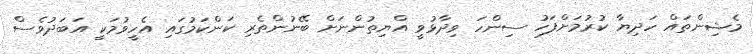
މެޝިންތައް ހަދިޔާ ކުރުމަށްފަހު ސިންހަ ވިދާޅުވީ އްޔިތުންނަށް ބޭނުންތެރި ކަންކަމުގައި އެހީވުމަކީ އަބަދުވެސް